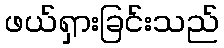
ဖယ်ရှားခြင်းသည်